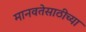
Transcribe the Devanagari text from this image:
मानवतेसाठीच्या